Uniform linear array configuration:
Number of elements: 4
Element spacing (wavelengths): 0.25
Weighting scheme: uniform
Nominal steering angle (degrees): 15
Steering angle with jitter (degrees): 13.945
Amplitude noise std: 0.05
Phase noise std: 0.05

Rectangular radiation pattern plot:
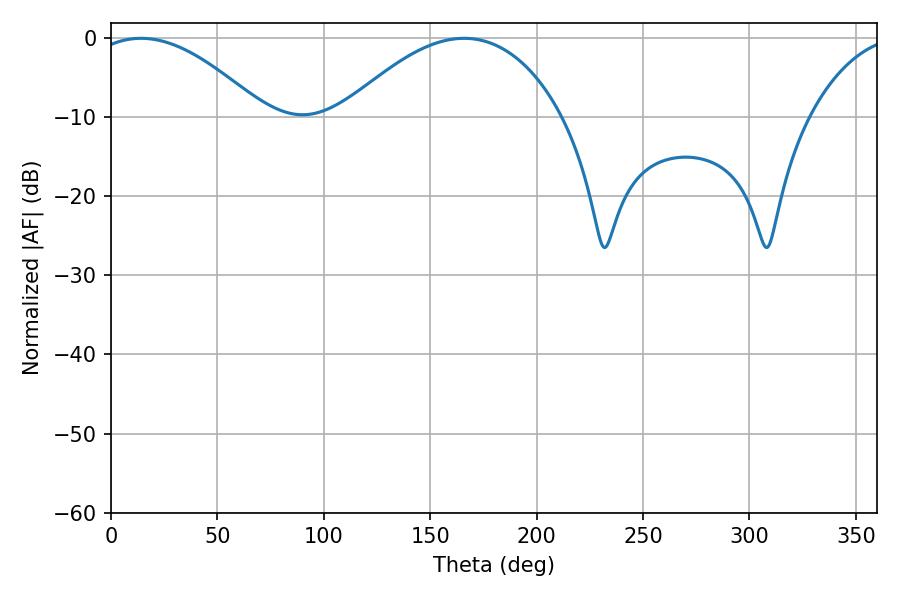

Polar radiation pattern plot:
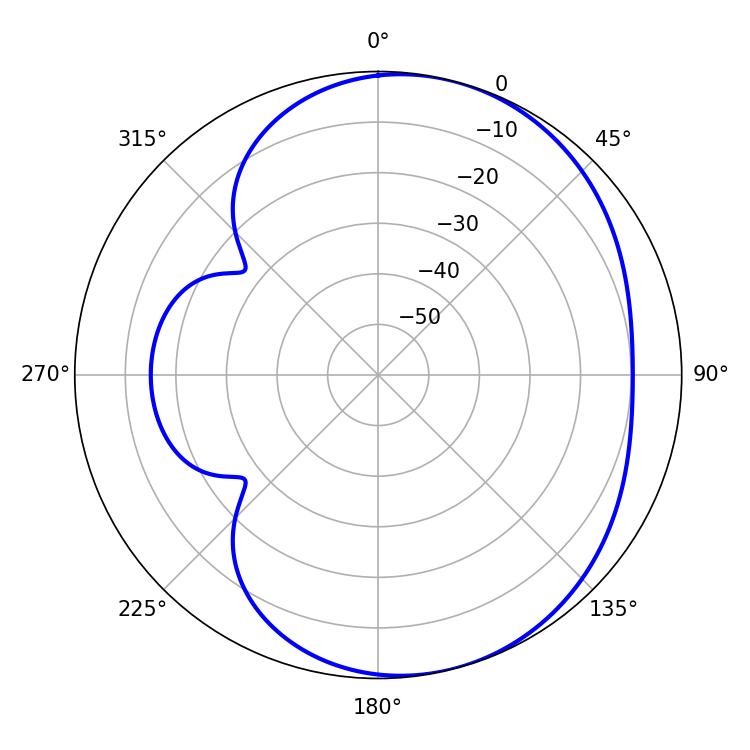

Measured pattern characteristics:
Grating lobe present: FALSE
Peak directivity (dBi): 5.015
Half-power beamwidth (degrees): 44.82
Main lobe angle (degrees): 14.04